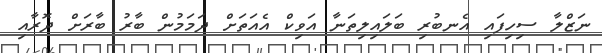
ނަޒްލާ ސިހިފައި އެނބުރި ބަލައިލިތަނާ އަވިކް އެއަތަށް ދަމަމުން ބާރު ބާރަށް ދޮރާއި